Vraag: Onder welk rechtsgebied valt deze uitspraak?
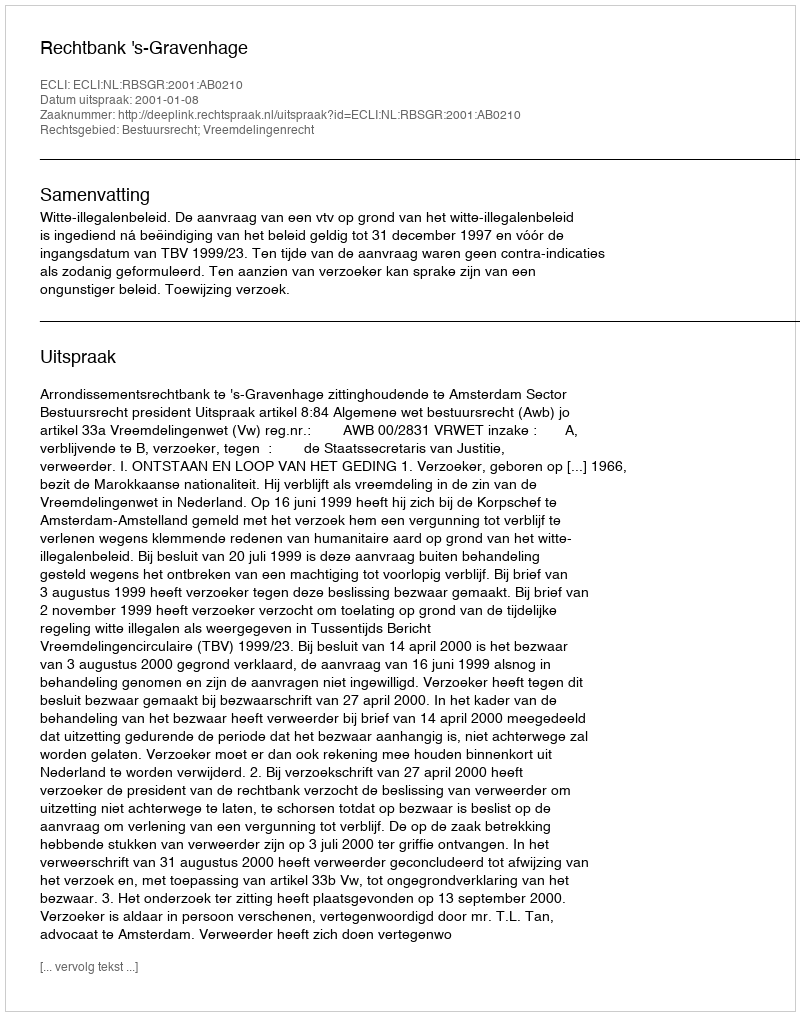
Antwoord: Bestuursrecht; Vreemdelingenrecht